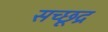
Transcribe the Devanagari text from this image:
सच्छूद्र